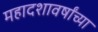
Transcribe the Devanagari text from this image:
महादशावर्षांच्या